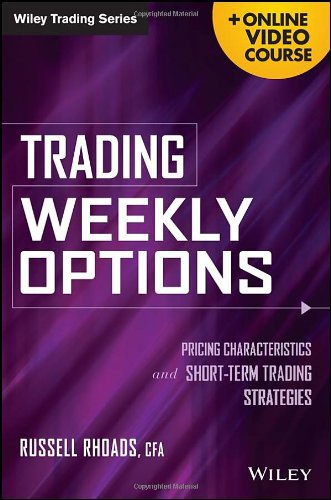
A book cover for Trading Weekly Options, + Online Video Course: Pricing Characteristics and Short-Term Trading Strategies; Russell Rhoads; Business & Money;